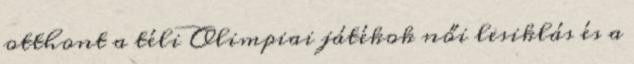
otthont a téli Olimpiai játékok női lesiklás és a